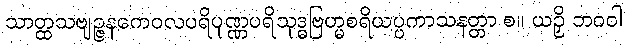
သာတ္ထသဗျဉ္ဇနကေဝလပရိပုဏ္ဏပရိသုဒ္ဓဗြဟ္မစရိယပ္ပကာသနတ္တာ စ။ ယဉှိ ဘဂဝါ